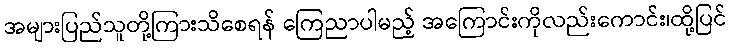
အများပြည်သူတို့ကြားသိစေရန် ကြေညာပါမည့် အကြောင်းကိုလည်းကောင်း၊ထို့ပြင်